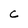
Character: c